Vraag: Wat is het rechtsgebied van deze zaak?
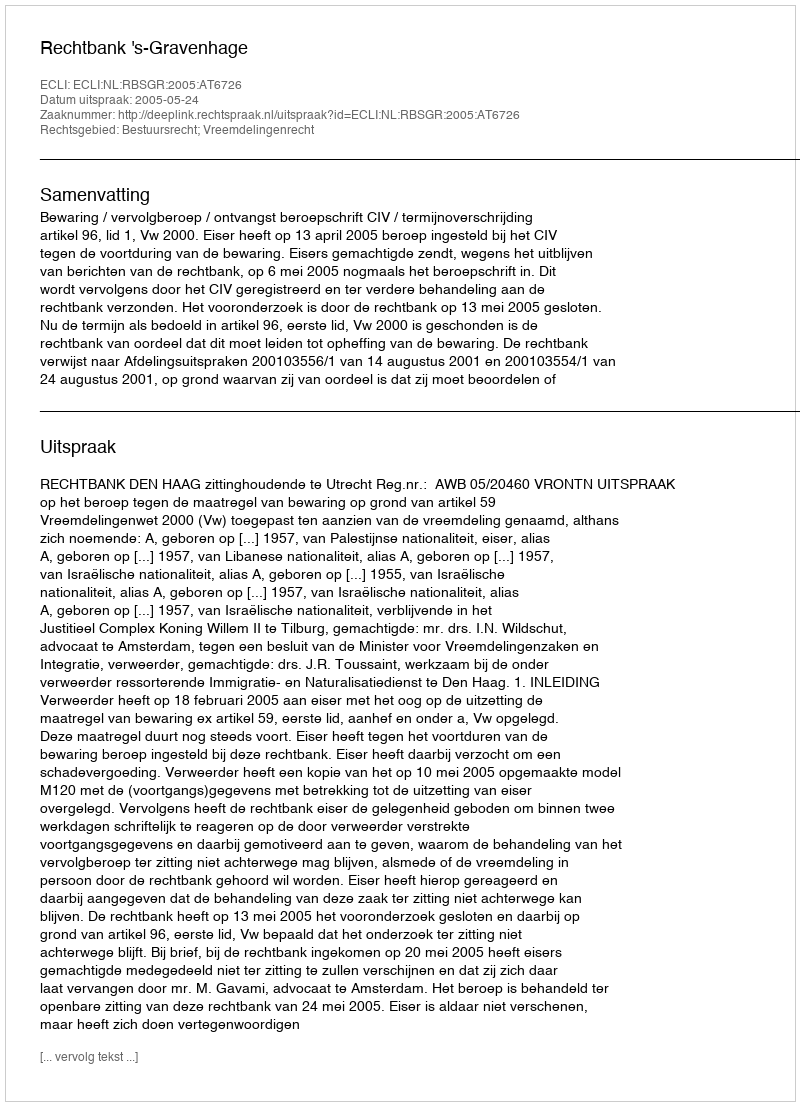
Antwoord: Bestuursrecht; Vreemdelingenrecht